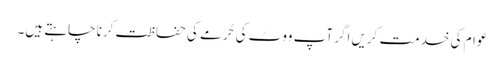
عوام کی خدمت کریں اگر آپ ووٹ کی حُرمے کی حفاظت کرنا چاہتے ہیں۔